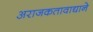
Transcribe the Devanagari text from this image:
अराजकतावाद्याने